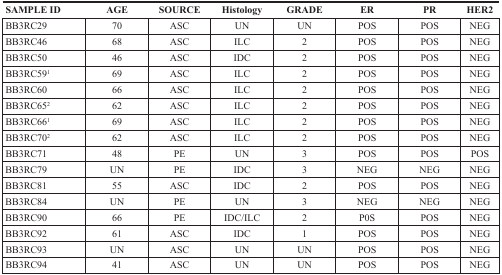
<table><thead><tr><td><b>SAMPLE ID</b></td><td><b>AGE</b></td><td><b>SOURCE</b></td><td><b>Histology</b></td><td><b>GRADE</b></td><td><b>ER</b></td><td><b>PR</b></td><td><b>HER2</b></td></tr></thead><tbody><tr><td>BB3RC29</td><td>70</td><td>ASC</td><td>UN</td><td>UN</td><td>POS</td><td>POS</td><td>NEG</td></tr><tr><td>BB3RC46</td><td>68</td><td>ASC</td><td>ILC</td><td>2</td><td>POS</td><td>POS</td><td>NEG</td></tr><tr><td>BB3RC50</td><td>46</td><td>ASC</td><td>IDC</td><td>2</td><td>POS</td><td>POS</td><td>NEG</td></tr><tr><td>BB3RC59<sup>1</sup></td><td>69</td><td>ASC</td><td>ILC</td><td>2</td><td>POS</td><td>POS</td><td>NEG</td></tr><tr><td>BB3RC60</td><td>66</td><td>ASC</td><td>ILC</td><td>2</td><td>POS</td><td>POS</td><td>NEG</td></tr><tr><td>BB3RC65<sup>2</sup></td><td>62</td><td>ASC</td><td>ILC</td><td>2</td><td>POS</td><td>POS</td><td>NEG</td></tr><tr><td>BB3RC66<sup>1</sup></td><td>69</td><td>ASC</td><td>ILC</td><td>2</td><td>POS</td><td>POS</td><td>NEG</td></tr><tr><td>BB3RC70<sup>2</sup></td><td>62</td><td>ASC</td><td>ILC</td><td>2</td><td>POS</td><td>POS</td><td>NEG</td></tr><tr><td>BB3RC71</td><td>48</td><td>PE</td><td>UN</td><td>3</td><td>POS</td><td>POS</td><td>POS</td></tr><tr><td>BB3RC79</td><td>UN</td><td>PE</td><td>IDC</td><td>3</td><td>NEG</td><td>NEG</td><td>NEG</td></tr><tr><td>BB3RC81</td><td>55</td><td>ASC</td><td>IDC</td><td>2</td><td>POS</td><td>POS</td><td>NEG</td></tr><tr><td>BB3RC84</td><td>UN</td><td>PE</td><td>UN</td><td>3</td><td>NEG</td><td>NEG</td><td>NEG</td></tr><tr><td>BB3RC90</td><td>66</td><td>PE</td><td>IDC/ILC</td><td>2</td><td>P0S</td><td>POS</td><td>NEG</td></tr><tr><td>BB3RC92</td><td>61</td><td>ASC</td><td>IDC</td><td>1</td><td>POS</td><td>POS</td><td>NEG</td></tr><tr><td>BB3RC93</td><td>UN</td><td>ASC</td><td>UN</td><td>UN</td><td>POS</td><td>POS</td><td>NEG</td></tr><tr><td>BB3RC94</td><td>41</td><td>ASC</td><td>UN</td><td>UN</td><td>POS</td><td>POS</td><td>NEG</td></tr></tbody></table>